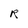
Character: R